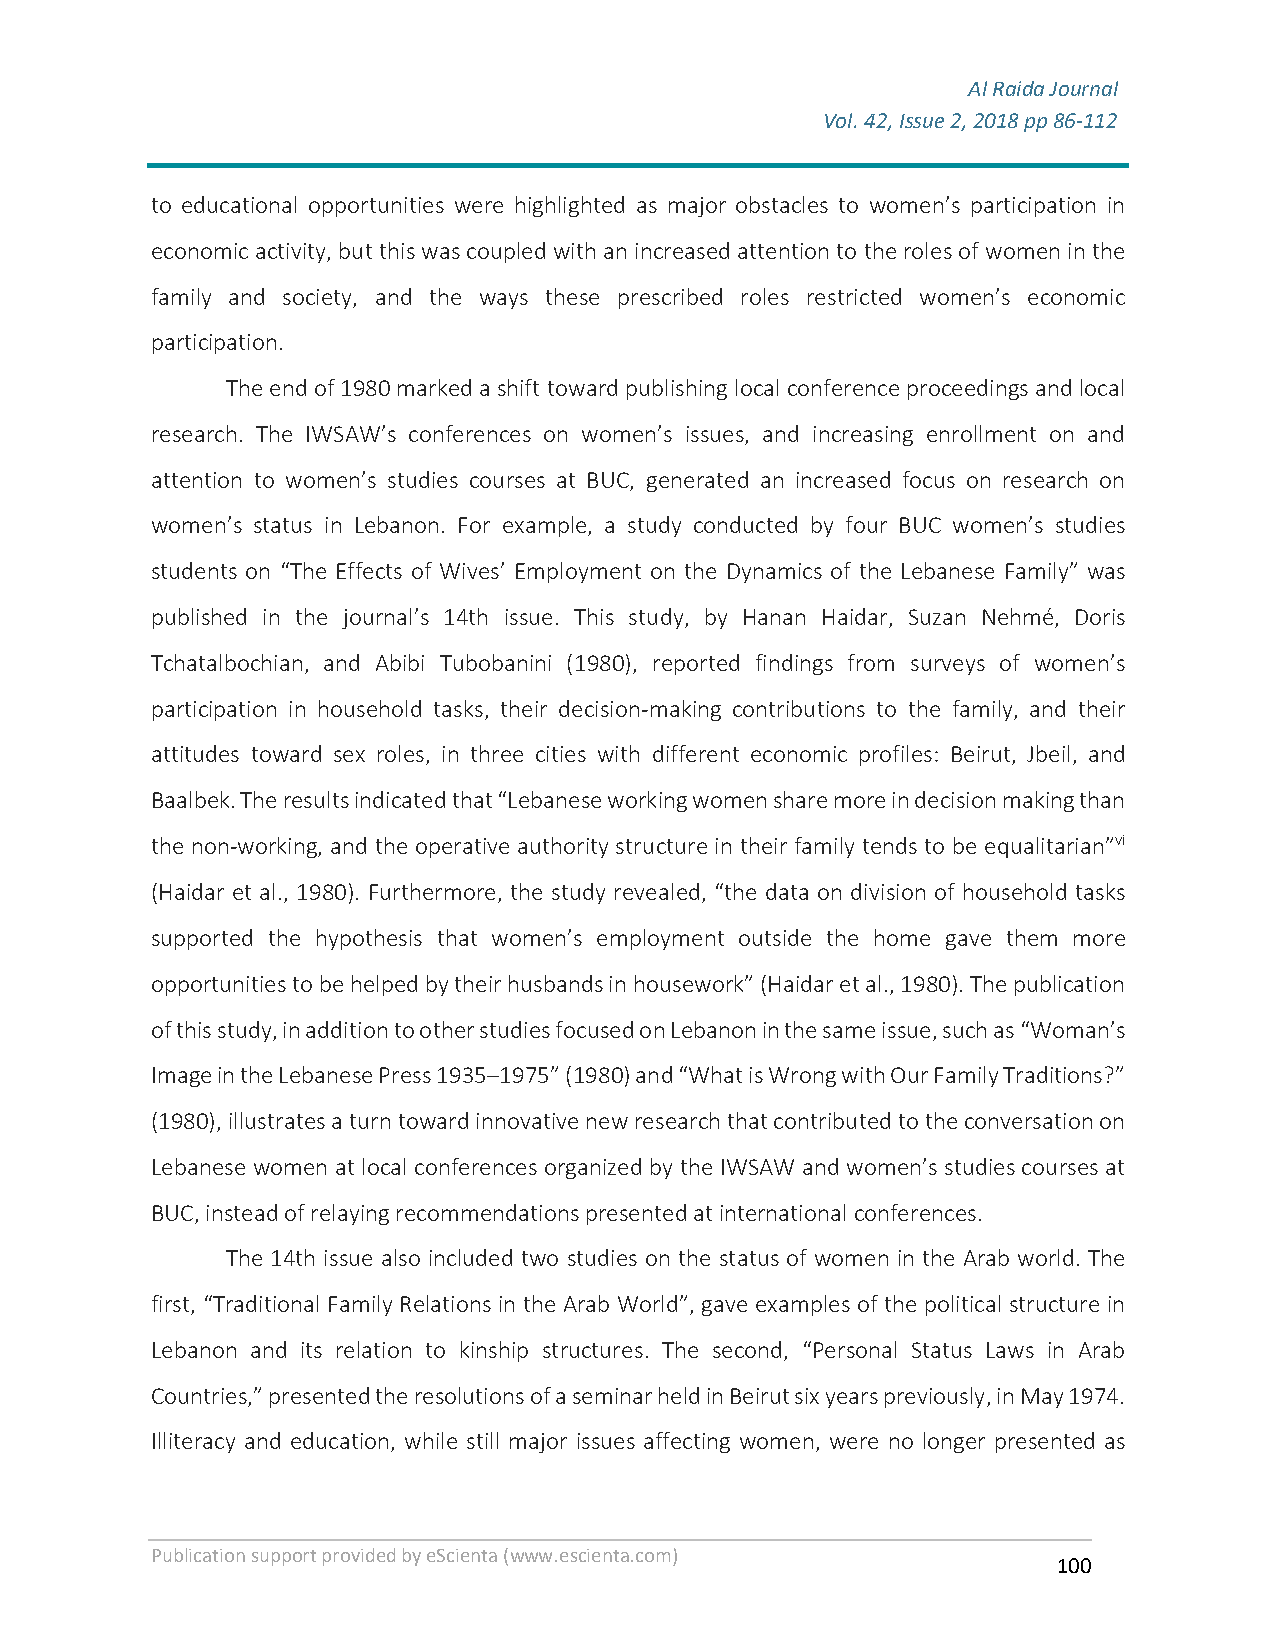
Al Raida Journal
 Vol. 42, Issue 2, 2018 pp 86-112
 F
 to educational opportunities were highlighted as major obstacles to women’s participation in
 economic activity, but this was coupled with an increased attention to the roles of women in the
 family and society, and the ways these prescribed roles restricted women’s economic
 participation.
 The end of 1980 marked a shift toward publishing local conference proceedings and local
 research. The IWSAW’s conferences on women’s issues, and increasing enrollment on and
 attention to women’s studies courses at BUC, generated an increased focus on research on
 women’s status in Lebanon. For example, a study conducted by four BUC women’s studies
 students on “The Effects of Wives’ Employment on the Dynamics of the Lebanese Family” was
 published in the journal’s 14th issue. This study, by Hanan Haidar, Suzan Nehmé, Doris
 Tchatalbochian, and Abibi Tubobanini (1980), reported findings from surveys of women’s
 participation in household tasks, their decision-making contributions to the family, and their
 attitudes toward sex roles, in three cities with different economic profiles: Beirut, Jbeil, and
 Baalbek. The results indicated that “Lebanese working women share more in decision making than
 the non-working, and the operative authority structure in their family tends to be equalitarian”vi
 (Haidar et al., 1980). Furthermore, the study revealed, “the data on division of household tasks
 supported the hypothesis that women’s employment outside the home gave them more
 opportunities to be helped by their husbands in housework” (Haidar et al., 1980). The publication
 of this study, in addition to other studies focused on Lebanon in the same issue, such as “Woman’s
 Image in the Lebanese Press 1935–1975” (1980) and “What is Wrong with Our Family Traditions?”
 (1980), illustrates a turn toward innovative new research that contributed to the conversation on
 Lebanese women at local conferences organized by the IWSAW and women’s studies courses at
 BUC, instead of relaying recommendations presented at international conferences.
 The 14th issue also included two studies on the status of women in the Arab world. The
 first, “Traditional Family Relations in the Arab World”, gave examples of the political structure in
 Lebanon and its relation to kinship structures. The second, “Personal Status Laws in Arab
 Countries,” presented the resolutions of a seminar held in Beirut six years previously, in May 1974.
 Illiteracy and education, while still major issues affecting women, were no longer presented as
 Publication support provided by eScienta (www.escienta.com)
 100